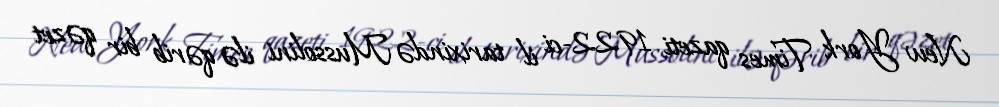
New York Times qazeti 1922-ci il tarixində Mussolini ilə qərib bir qəzet